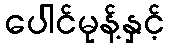
ပေါင်မုန့်နှင့်